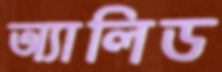
অ্যালিড